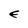
Character: E